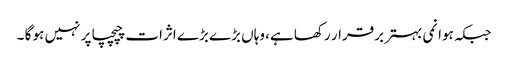
جبکہ ہوا نمی بہتر برقرار رکھا ہے، وہاں بڑے بڑے اثرات چپچپا پر نہیں ہو گا ۔